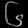
Digit: ၆